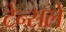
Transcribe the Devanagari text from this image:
टेन्सले